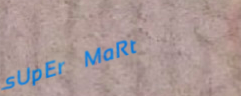
sUpEr MaRt